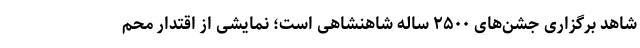
شاهد برگزاری جشن‌های ۲۵۰۰ ساله شاهنشاهی است؛ نمایشی از اقتدار محم